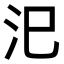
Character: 汜